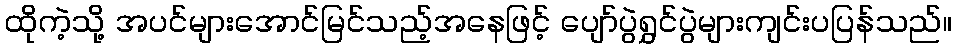
ထိုကဲ့သို့ အပင်များအောင်မြင်သည့်အနေဖြင့် ပျော်ပွဲရွှင်ပွဲများကျင်းပပြန်သည်။